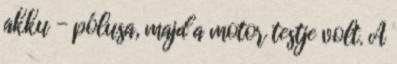
akku - pólusa, majd a motor testje volt. A